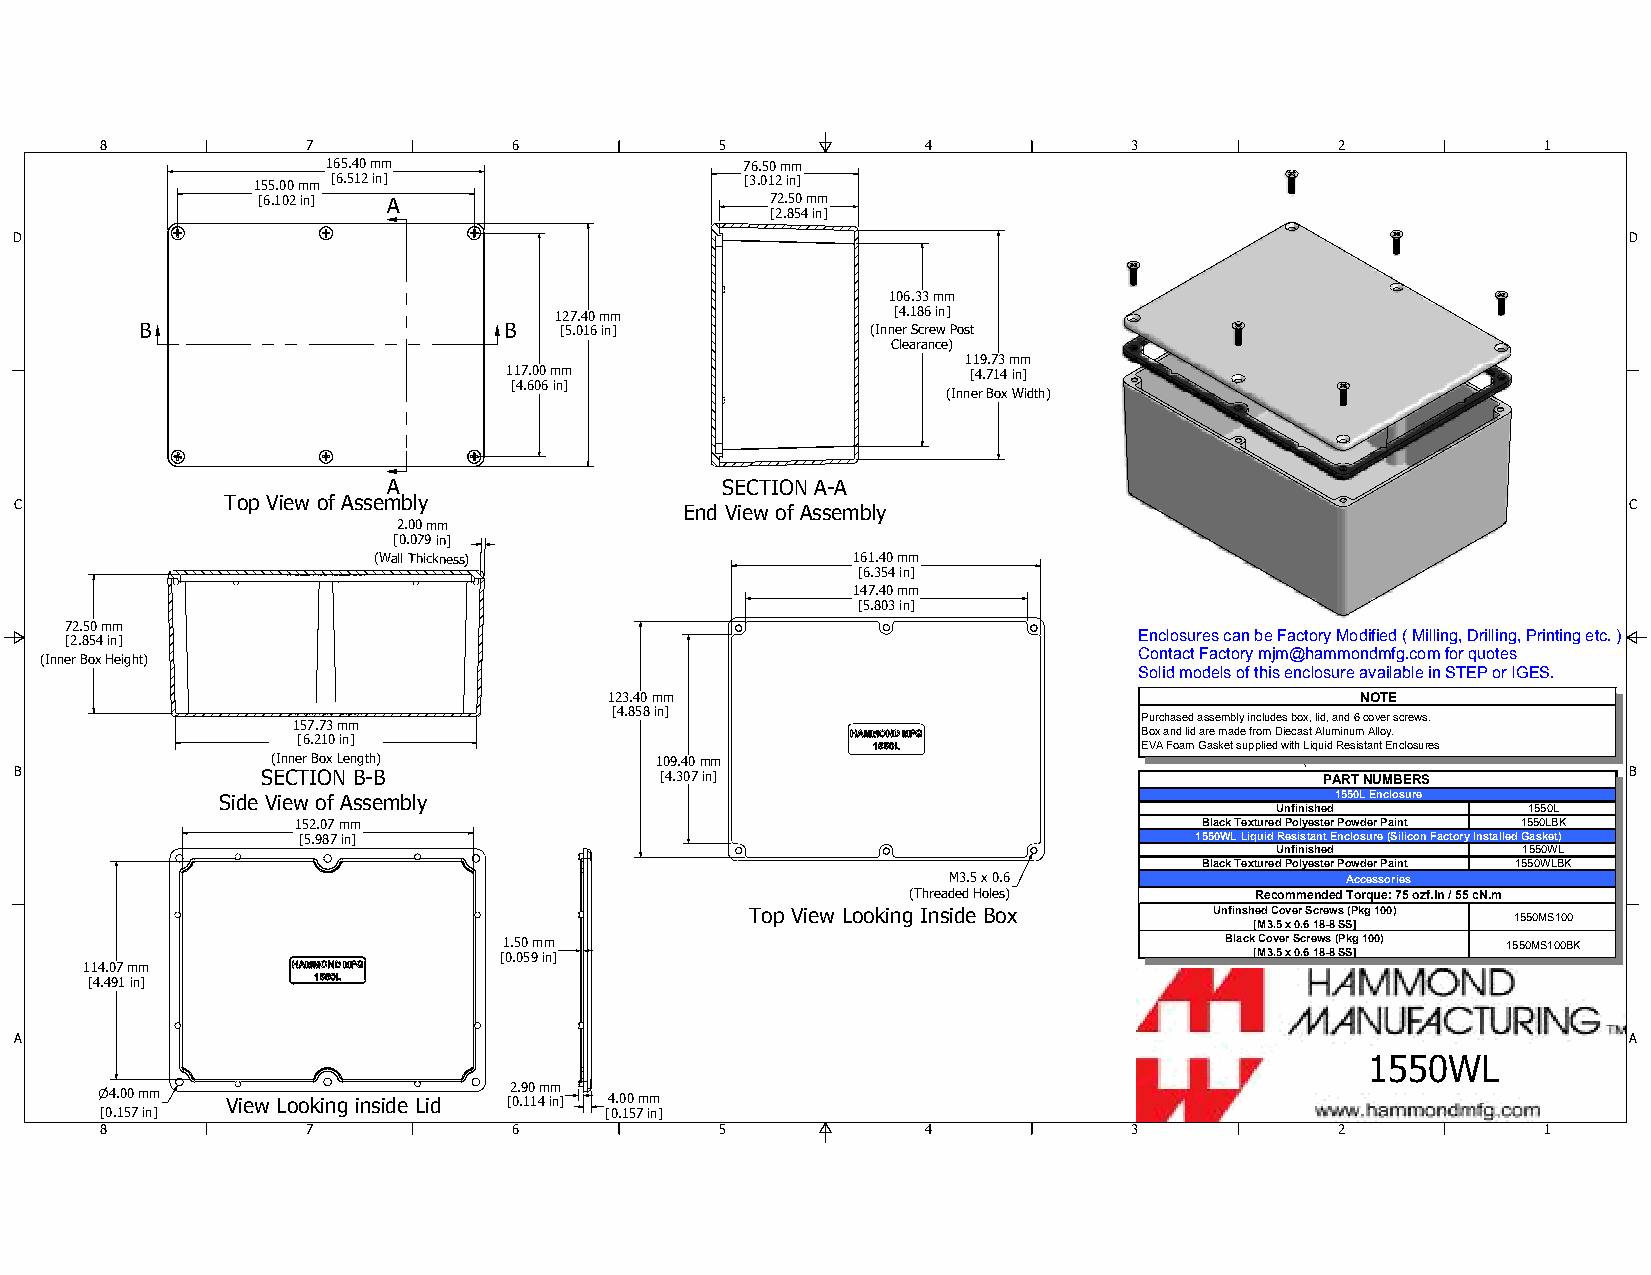
8            7             6             5            4             3             2            1
 165.40mm                   76.50mm
 155.00mm [6.512in]              [3.012in]
 [6.102in] A                       72.50mm
 [2.854in]
 D                                                                                                          D
 106.33mm
 127.40mm              [4.186in]
 B                       B   [5.016in]            (InnerScrewPost
 Clearance)
 119.73mm
 117.00mm                      [4.714in]
 [4.606in]
 (InnerBoxWidth)
 A                     SECTION A-A
 C             Top View of Assembly          End View of Assembly                                           C
 2.00mm
 [0.079in]
 (WallThickness)                161.40mm
 [6.354in]
 147.40mm
 [5.803in]
 72.50mm
 EnclosurescanbeFactoryModified(Milling,Drilling,Printingetc.)
 [2.854in]
 ContactFactorymjm@hammondmfg.comforquotes
 (InnerBoxHeight)
 SolidmodelsofthisenclosureavailableinSTEPorIGES.
 123.40mm                                          NOTE
 [4.858in]
 Purchasedassemblyincludesbox,lid,and6coverscrews.
 157.73mm
 BoxandlidaremadefromDiecastAluminumAlloy.
 [6.210in]                                               EVAFoamGasketsuppliedwithLiquidResistantEnclosures
 (InnerBoxLength)         109.40mm                                   \
 B               SECTION B-B                [4.307in]                                   PARTNUMBERS         B
 Side View of Assembly                                                     1550LEnclosure
 Unfinished       1550L
 152.07mm                                                     BlackTexturedPolyesterPowderPaint 1550LBK
 [5.987in]                                                  1550WLLiquidResistantEnclosure(SiliconFactoryInstalledGasket)
 Unfinished       1550WL
 BlackTexturedPolyesterPowderPaint 1550WLBK
 M3.5x0.6                  Accessories
 (ThreadedHoles)        RecommendedTorque:75ozf.in/55cN.m
 Top View Looking Inside Box   UnfinshedCoverScrews(Pkg100) 1550MS100
 [M3.5x0.618-8SS]
 1.50mm                                          BlackCoverScrews(Pkg100) 1550MS100BK
 [0.059in]                                         [M3.5x0.618-8SS]
 114.07mm
 [4.491in]
 A                                                                                                          A
 1550WL
 2.90mm
 n4.00mm  View Looking inside Lid [0.114in] 4.00mm
 [0.157in]                        [0.157in]
 8            7             6             5            4             3             2            1